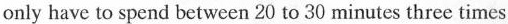
only have to spend between 20 t 30 minutes three times